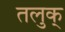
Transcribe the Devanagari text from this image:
तलुक्